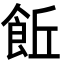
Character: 𩚨